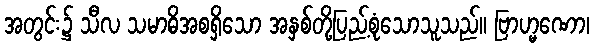
အတွင်း၌ သီလ သမာဓိအစရှိသော အနှစ်တို့ပြည့်စုံသောသူသည်။ ဗြာဟ္မဏော၊